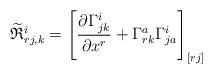
LaTeX: \begin{align*}\widetilde{\mathfrak{R}}_{rj,k}^{i}=\left[ \frac{\partial \Gamma _{jk}^{i}}{\partial x^{r}}+\Gamma _{rk}^{a}\Gamma _{ja}^{i}\right] _{[rj]}\end{align*}